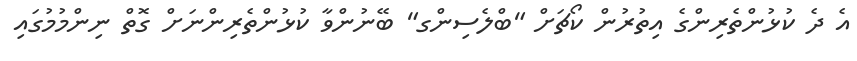
އެ ދެ ކުޅުންތެރިންގެ އިތުރުން ކޯޗަށް "ބްލެސިންގ" ބޭނުންވާ ކުޅުންތެރިންނަށް ގޮތް ނިންމުމުގައި